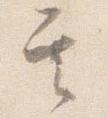
其